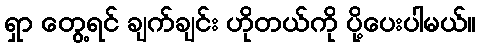
ရှာ တွေ့ရင် ချက်ချင်း ဟိုတယ်ကို ပို့ပေးပါမယ်။